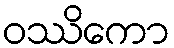
ဝဿိကော